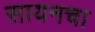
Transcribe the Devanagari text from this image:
सायनचा